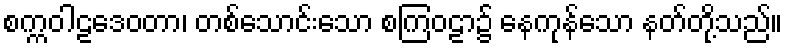
စက္ကဝါဠဒေဝတာ၊ တစ်သောင်းသော စကြဝဠာ၌ နေကုန်သော နတ်တို့သည်။